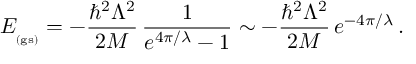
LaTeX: E _ { _ \mathrm { ( g s ) } } = - \frac { \hbar ^ { 2 } \Lambda ^ { 2 } } { 2 M } \, \frac { 1 } { e ^ { 4 \pi / \lambda } - 1 } \sim - \frac { \hbar ^ { 2 } \Lambda ^ { 2 } } { 2 M } \, e ^ { - 4 \pi / \lambda } \, .